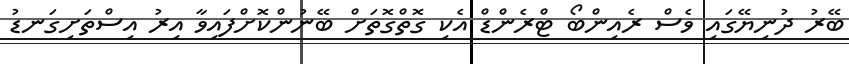
ބޭރު ދުނިޔޭގައި ވެސް ރެއިންބޯ ޓްރެންޑް އެކި ގޮތްގޮތަށް ބޭނުންކޮށްފައިވާ އިރު އިސްތަށިގަނޑު